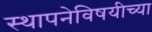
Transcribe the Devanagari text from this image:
स्थापनेविषयीच्या